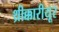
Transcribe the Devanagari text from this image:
थ्रीक्कारीयूर